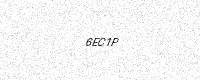
Text: 6EC1P